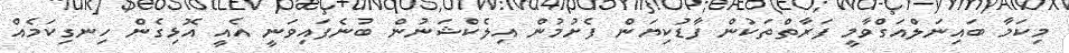
މިކަމާ ބައިނަލްއަގްވާމީ ފަރާތްތަކުން ފާޑުކިޔަން ފެށުމުން އިލެކްޝަނުން ބުނެފައިވަނީ އެއީ އޮޅިގެން ހިނގިކަމެއް